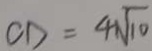
C D = 4 \sqrt { 1 0 }